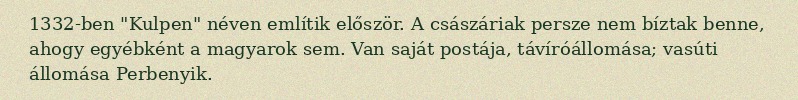
1332-ben "Kulpen" néven említik először. A császáriak persze nem bíztak benne, ahogy egyébként a magyarok sem. Van saját postája, távíróállomása; vasúti állomása Perbenyik.